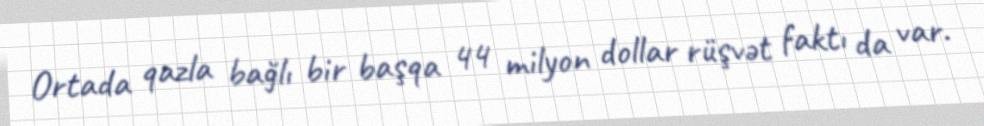
Ortada qazla bağlı bir başqa 44 milyon dollar rüşvət faktı da var.